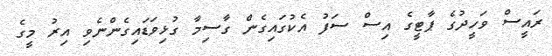
ރައީސް ވަހީދުގެ ޕާޓީގެ އިސް ސަފު އެކުގައިގެން ގާސިމާ ގުޅިވަޑައިގެންނެވި އިރު މީގެ